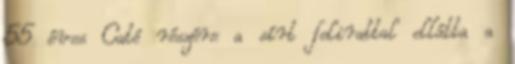
55 éves Cató részére a sírt felirattal ellátta a